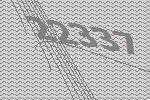
22337